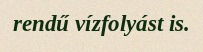
rendű vízfolyást is.